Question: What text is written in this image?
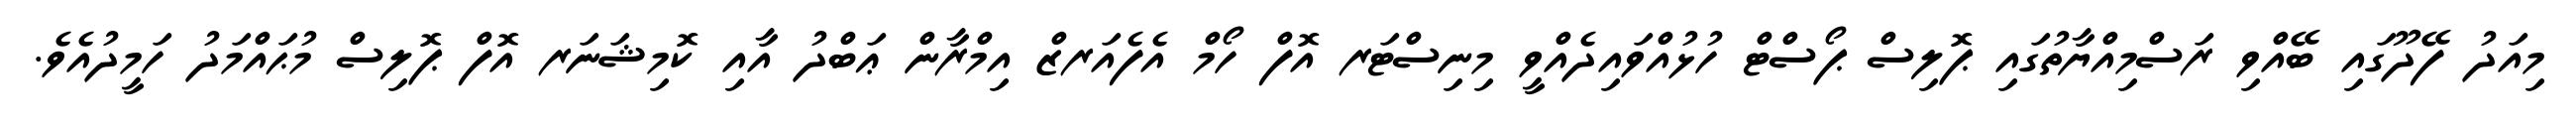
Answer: މިއަދު ފޭދޫގައި ބޭއްވި ރަސްމިއްޔާތުގައި ޕޮލިސް ޕޯސްޓް ހުޅުއްވައިދެއްވީ މިނިސްޓަރ އޮފް ހޯމް އެފެއަރޒް އިމްރާން ޢަބްދު އާއި ކޮމިޝަނަރ އޮފް ޕޮލިސް މުޙައްމަދު ހަމީދުއެވެ.